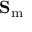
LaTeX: \mathbf { S } _ { \mathrm { m } }